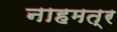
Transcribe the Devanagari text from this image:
नाहमत्र